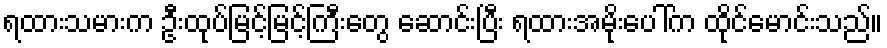
ရထားသမားက ဦးထုပ်မြင့်မြင့်ကြီးတွေ ဆောင်းပြီး ရထားအမိုးပေါ်က ထိုင်မောင်းသည်။